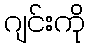
ဂျင်းကို